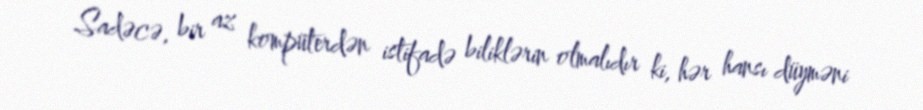
Sadəcə, bir az kompüterdən istifadə biliklərin olmalıdır ki, hər hansı düyməni